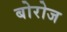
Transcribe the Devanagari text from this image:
बोरोज